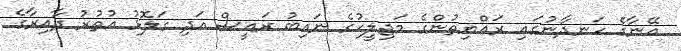
އޭނާގެ ހަނދާނުގައި ރައްޔިތުންގެ މަޖިލީހުގެ ނައިބު ރައީސް އަދި ގަލޮޅު އުތުރު ދާއިރާގެ